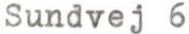
Sundvej 6